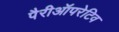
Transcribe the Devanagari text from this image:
पैरीऑपरेटिव